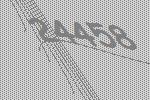
24458